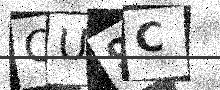
Text: OU9C